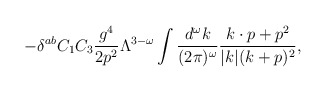
\begin{align*}- \delta^{ab} C_1C_3 {g^4 \over 2 p^2} \Lambda^{3-\omega}\int {d^\omega k \over (2\pi)^\omega} {k\cdot p + p^2 \over |k|(k+p)^2 },\end{align*}